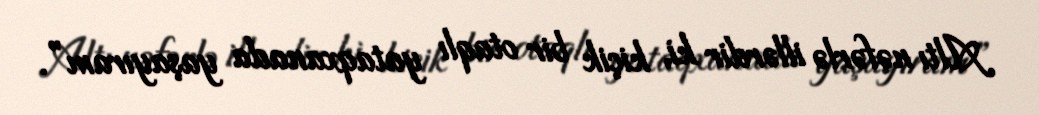
Altı nəfərlə illərdir ki, kiçik bir otaqlı yataqxanada yaşayıram”.